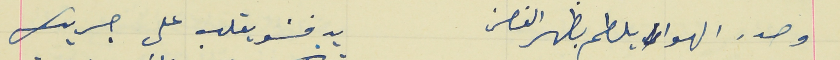
وصدر الهوا يلطم بظهر الغصن                                يدفشو يقلب  على جريك